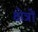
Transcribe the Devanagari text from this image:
क्ष्‍ोत्रों